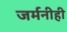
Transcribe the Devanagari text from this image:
जर्मनीही